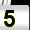
Digit: 5